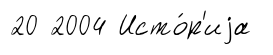
20 2004 Исто́р'иjа